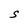
Character: S